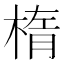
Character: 楕